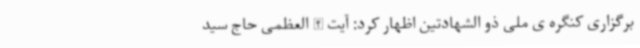
برگزاری کنگره ی ملی ذو الشهادتین اظهار کرد: آیت الله العظمی حاج سید